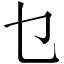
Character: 乜